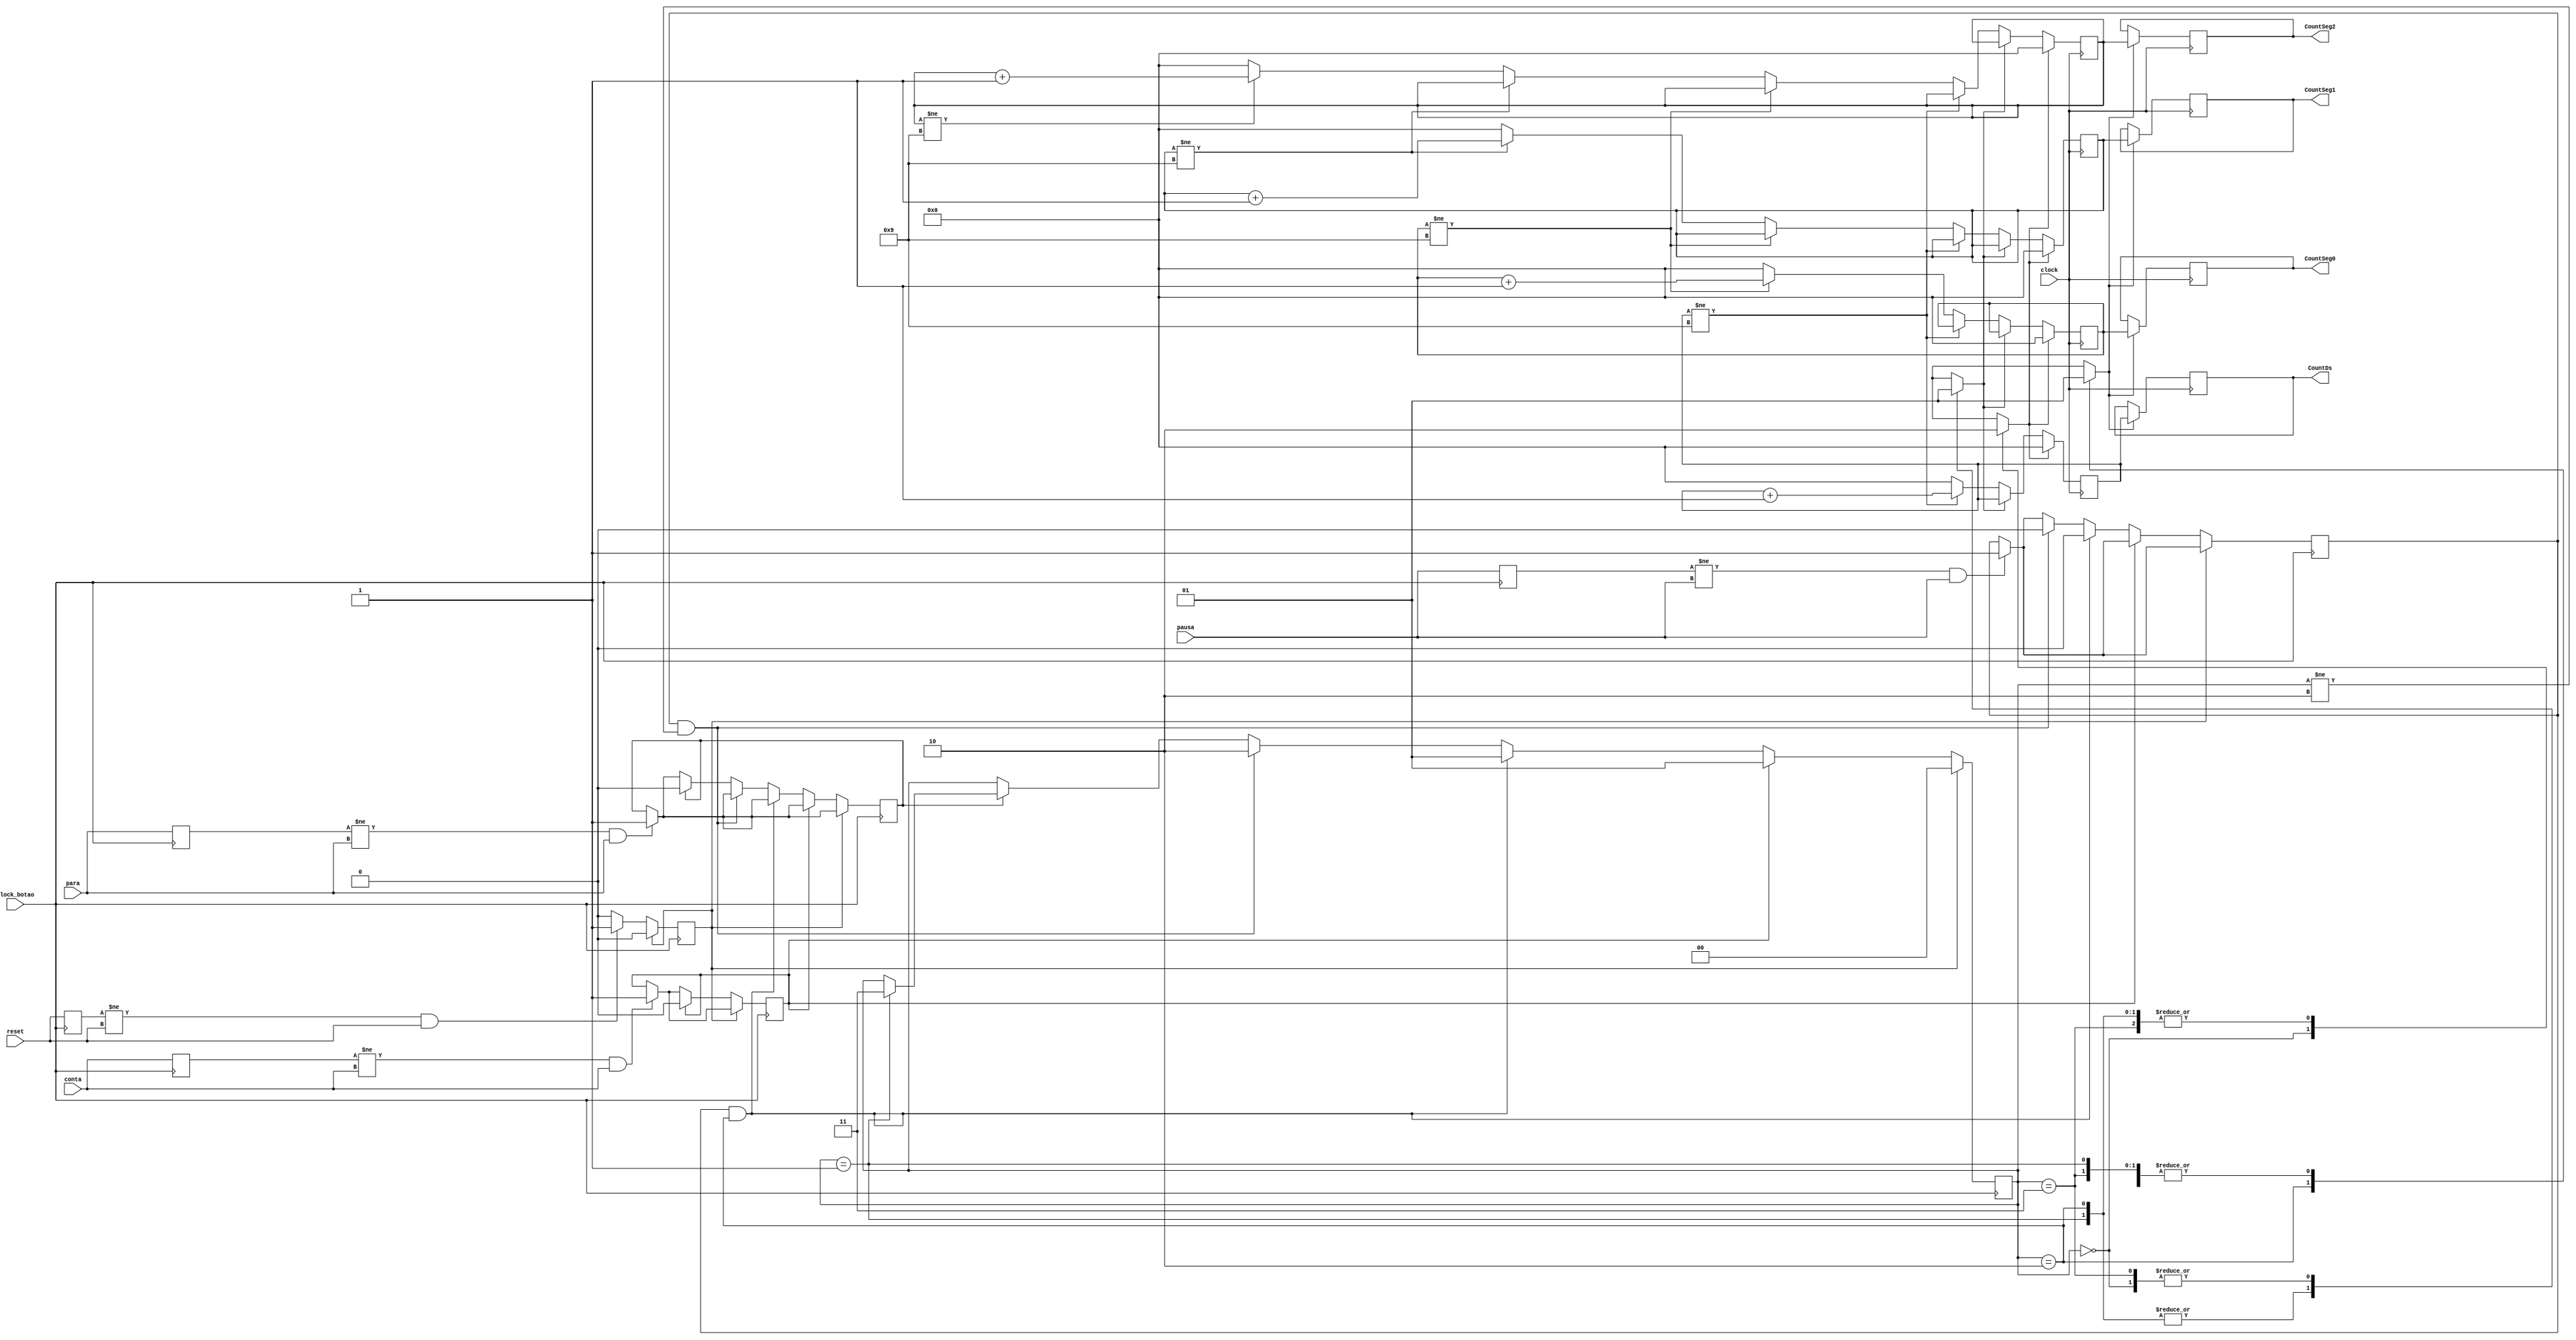

module MaquinaEstados(reset, conta, pausa, para, clock, clock_botao,
CountDs, CountSeg0, CountSeg1, CountSeg2);

//Definindo inputs e outputs
input reset;
input conta;
input pausa;
input para;
input clock;
input clock_botao;

reg reset_old;
reg reset_raise;
reg conta_old;
reg conta_raise;
reg pausa_old;
reg pausa_raise;
reg para_old;
reg para_raise;

output reg [3:0] CountDs;
output reg [3:0] CountSeg0;
output reg [3:0] CountSeg1;
output reg [3:0] CountSeg2;

reg [1:0] estado_atual; 
reg [3:0] CountSeg0Aux;
reg [3:0] CountSeg1Aux;
reg [3:0] CountSeg2Aux;
reg [3:0] CountDsAux;
reg PararCount;
reg ZerarCount;
reg MostrarCount;

//00 = reset, 01 = contar, 10 = pausar, 11 = parar
parameter resetar = 0, contar = 1, pausar = 2, parar = 3;

//inicializao
    initial begin
        estado_atual <= resetar;
        CountDs <= 4'd0;
		  CountSeg0 <= 4'd0;
		  CountSeg1 <= 4'd0;
		  CountSeg2 <= 4'd0;
		  CountDsAux <= 4'd0;
		  CountSeg0Aux <= 4'd0;
		  CountSeg1Aux <= 4'd0;
		  CountSeg2Aux <= 4'd0;
		  PararCount <= 1'd1;
        ZerarCount <= 1'd0;
        MostrarCount <= 1'd1;
		  reset_old <= 1'b1;
		  reset_raise <= 1'b0;
        conta_old <= 1'b1;
        conta_raise <= 1'b0;
        pausa_old <= 1'b1;
        pausa_raise <= 1'b0;
        para_old <= 1'b1;
        para_raise <= 1'b0;
    end

always @ (*) begin //parte combinacional cronometro
	case(estado_atual)
	resetar:begin
		ZerarCount <= 1'd1;
		PararCount <= 1'd1;
		MostrarCount <= 1'd1;	
		end
	contar:begin
		ZerarCount <= 1'd0;
		PararCount <= 1'd0;	
		MostrarCount <= 1'd1;
		end
	pausar:begin
		ZerarCount <= 1'd0;
		PararCount <= 1'd0;
		MostrarCount <=  1'd0;			
		end
	parar:begin
		ZerarCount <= 1'd0;
		PararCount <= 1'd1;
		MostrarCount <= 1'd1;
		end
	endcase
end



always @ (posedge clock_botao)begin//parte sequencial cronometro
	 
	 // detect rising edge
    if (conta_old != conta && conta == 1'b1)begin
          conta_raise <= 1'b1;
	 end
    conta_old <= conta;
	
	 if (reset_old != reset && reset == 1'b1)begin
          reset_raise <= 1'b1;
	 end
    reset_old <= reset;
	 
	 if (pausa_old != pausa && pausa == 1'b1)begin
          pausa_raise <= 1'b1;
	 end
    pausa_old <= pausa;
	 
	 if (para_old != para && para == 1'b1)begin
          para_raise <= 1'b1;
	 end
    para_old <= para;
	 

	if(reset_raise == 1'b1)begin
		estado_atual <= resetar;
		reset_raise <= 1'b0;
	end
	else if(conta_raise == 1'b1)begin
		estado_atual <= contar;
		conta_raise <= 1'b0;
	end
	else if((pausa_raise == 1'b1) && (estado_atual == pausar))begin
		estado_atual <= contar;	
		pausa_raise <= 1'b0;
	end
	else if((pausa_raise  == 1'b1) && (estado_atual != pausar))begin
		estado_atual <= pausar;
		pausa_raise <= 1'b0;
	end
	else if(para_raise  == 1'b1)begin
		if(estado_atual == contar)begin
			estado_atual <= parar;		
		end	
		para_raise <= 1'b0;
	end

end



//contador
always@(negedge clock) begin
	
	if(ZerarCount) begin
		CountDsAux <= 4'd0;
		CountSeg0Aux <= 4'd0;
		CountSeg1Aux <= 4'd0;
		CountSeg2Aux <= 4'd0;
	end
	else begin
		if(!PararCount)begin
			if(CountDsAux != 4'd9)begin
				CountDsAux <= CountDsAux + 4'd1;
			end
			else begin
				CountDsAux <= 4'd0;
				if(CountSeg0Aux != 4'd9)begin
					CountSeg0Aux <= CountSeg0Aux + 4'd1;
				end
				else begin
					CountSeg0Aux <= 4'd0;
					if(CountSeg1Aux != 4'd9)begin
						CountSeg1Aux <= CountSeg1Aux + 4'd1;
					end
					else begin
						CountSeg1Aux <= 4'd0;
						if(CountSeg2Aux != 4'd9)begin
							CountSeg2Aux <= CountSeg2Aux + 4'd1;
						end
						else begin
							CountDsAux <= 4'd0;
							CountSeg0Aux <= 4'd0;
							CountSeg1Aux <= 4'd0;
							CountSeg2Aux <= 4'd0;
						end		
					end
				end
			end
		end
	end
	
	
		if(MostrarCount)begin
			CountDs <= CountDsAux;
			CountSeg0 <= CountSeg0Aux;
			CountSeg1 <= CountSeg1Aux;
			CountSeg2 <= CountSeg2Aux;
					
		end

 end
 

endmodule